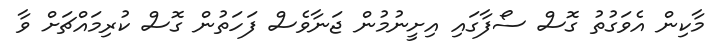
މާކިން އެވަގުތު ގޮސް ސޯފާގައި އިށީނުމުން ޖަނާވެސް ފަހަތުން ގޮސް ކުރިމައްޗަށް ވާ